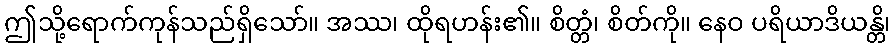
ဤသို့ရောက်ကုန်သည်ရှိသော်။ အဿ၊ ထိုရဟန်း၏။ စိတ္တံ၊ စိတ်ကို။ နေဝ ပရိယာဒိယန္တိ၊